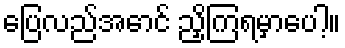
ပြေလည်အောင် ညှိကြရမှာပေါ့။